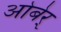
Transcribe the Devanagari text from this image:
ओबेर्